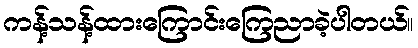
ကန့်သန့်ထားကြောင်းကြေညာခဲ့ပါတယ်။